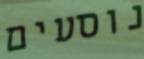
נוסעים